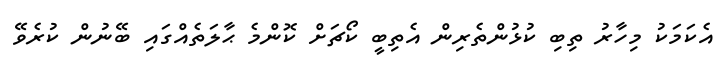
އެކަމަކު މިހާރު ތިބި ކުޅުންތެރިން އެތިބީ ކޯޗަށް ކޮންމެ ޙާލަތެއްގައި ބޭނުން ކުރެވޭ